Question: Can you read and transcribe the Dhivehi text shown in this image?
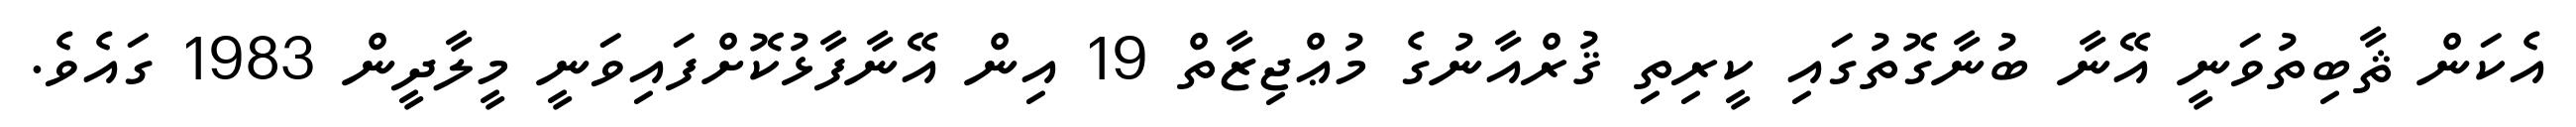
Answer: އެކަން ޘާބިތުވަނީ އޭނާ ބުނާގޮތުގައި ކީރިތި ޤުރްއާނުގެ މުޢްޖިޒާތް 19 އިން އޭނާފާޅުކޮށްފައިވަނީ މީލާދީން 1983 ގައެވެ.